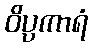
ဝိပ္ပကာရံ